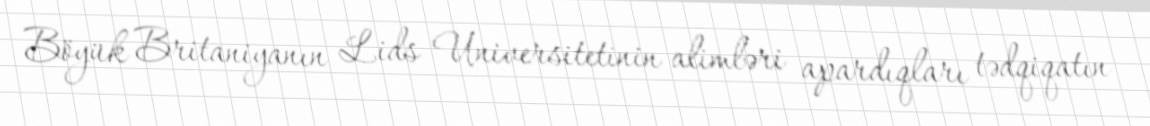
Böyük Britaniyanın Lids Universitetinin alimləri apardıqları tədqiqatın